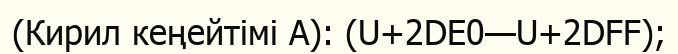
(Кирил кеңейтімі A): (U+2DE0—U+2DFF);